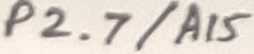
Text: P2.7/A15